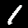
Label: 1